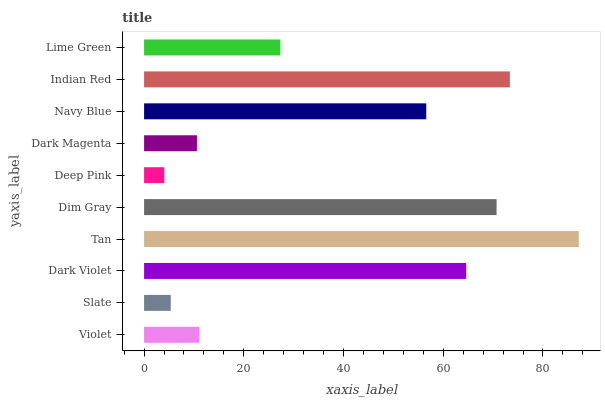
| yaxis_label | bars |
 | --- | --- |
 | Violet | 11.1 |
 | Slate | 5.35 |
 | Dark Violet | 64.6 |
 | Tan | 87.2 |
 | Dim Gray | 70.7 |
 | Deep Pink | 4.05 |
 | Dark Magenta | 10.6 |
 | Navy Blue | 56.6 |
 | Indian Red | 73.4 |
 | Lime Green | 27.3 |